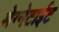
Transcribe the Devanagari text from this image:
मेग्नेटाईट